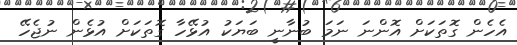
އެހެން ގޮތަކަށް އޮންނަ ނަމަ ބުނާނީ ބަޔަކު އުޅޭހާ ގޮތަކަށް އުޅެން ނުޖެހޭ